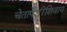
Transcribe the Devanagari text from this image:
चेतापेशींशिवाय